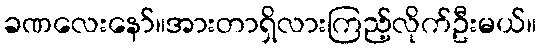
ခဏလေးနော်။အားတာရှိလားကြည့်လိုက်ဦးမယ်။